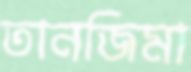
তানজিমা